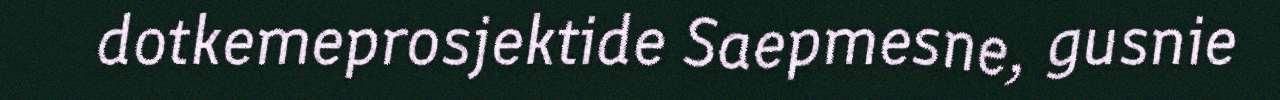
dotkemeprosjektide Saepmesne, gusnie